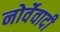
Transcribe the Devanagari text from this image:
नोर्वेवादी